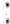
: